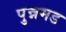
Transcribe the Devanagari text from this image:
पुन्नमड